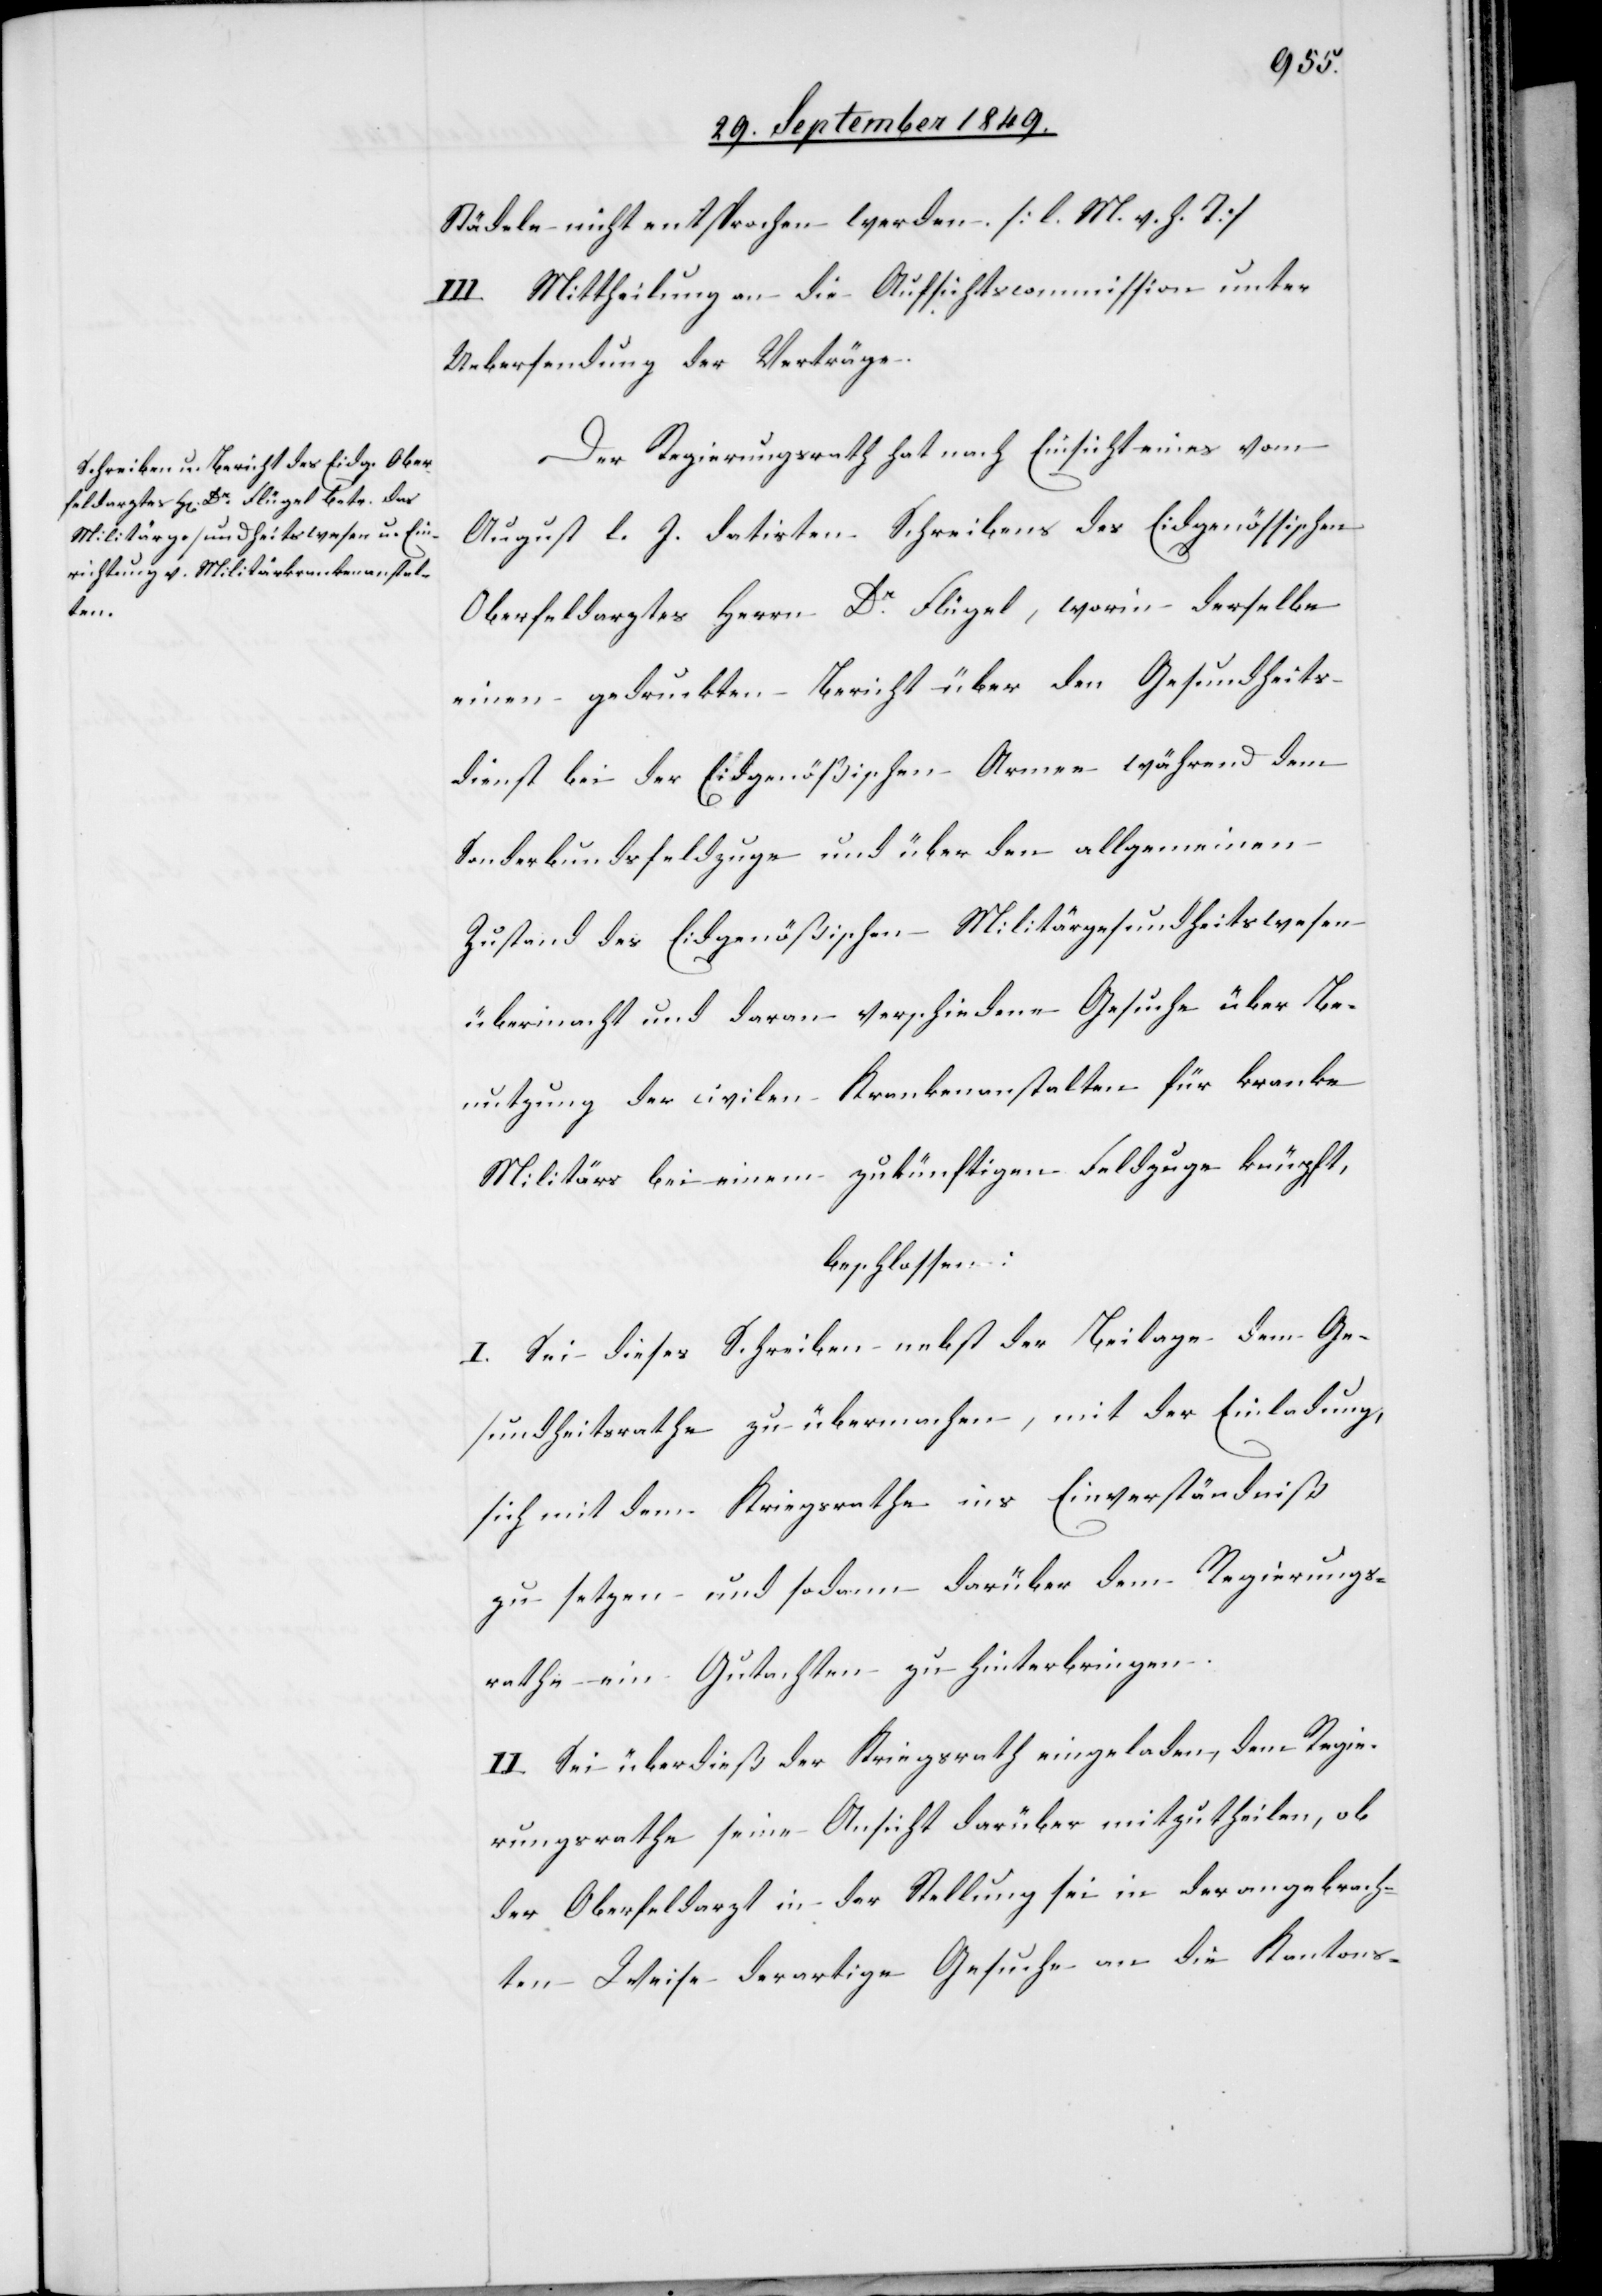
Städele nicht entsprochen werden. [l. M. v. h. T]
III. Mittheilung an die Aufsichtscommission unter
Uebersendung der Verträge.
Der Regierungsrath hat nach Einsicht eines vom
August l. J. datirten Schreibens des Eidgenössischen
Oberfeldarztes Herrn Dr Flügel, worin derselbe
einen gedrukten Bericht über den Gesundheits¬
dienst bei der Eidgenößischen Armee während dem
Sonderbundsfeldzuge und über den allgemeinen
Zustand des Eidgenößischen Militärgesundheitswesen
übermacht und daran verschiedene Gesuche über Be¬
nutzung der civilen Krankenanstalten für kranke
Militär bei einem zukünftigen Feldzuge knüpft,
beschlossen:
I. Sei dieses Schreiben nebst der Beilage dem Ge¬
sundheitsrathe zu übermachen, mit der Einladung,
sich mit dem Kriegsrathe ins Einverständniß
zu setzen und sodann darüber dem Regierungs¬
rathe ein Gutachten zu hinterbringen.
II. Sei überdieß der Kriegsrath eingeladen, dem Regie¬
rungsrathe seine Ansicht darüber mitzutheilen, ob
der Oberfeldarzt in der Stellung sei in der angebrach¬
ten Weise derartige Gesuche an die Kantons-